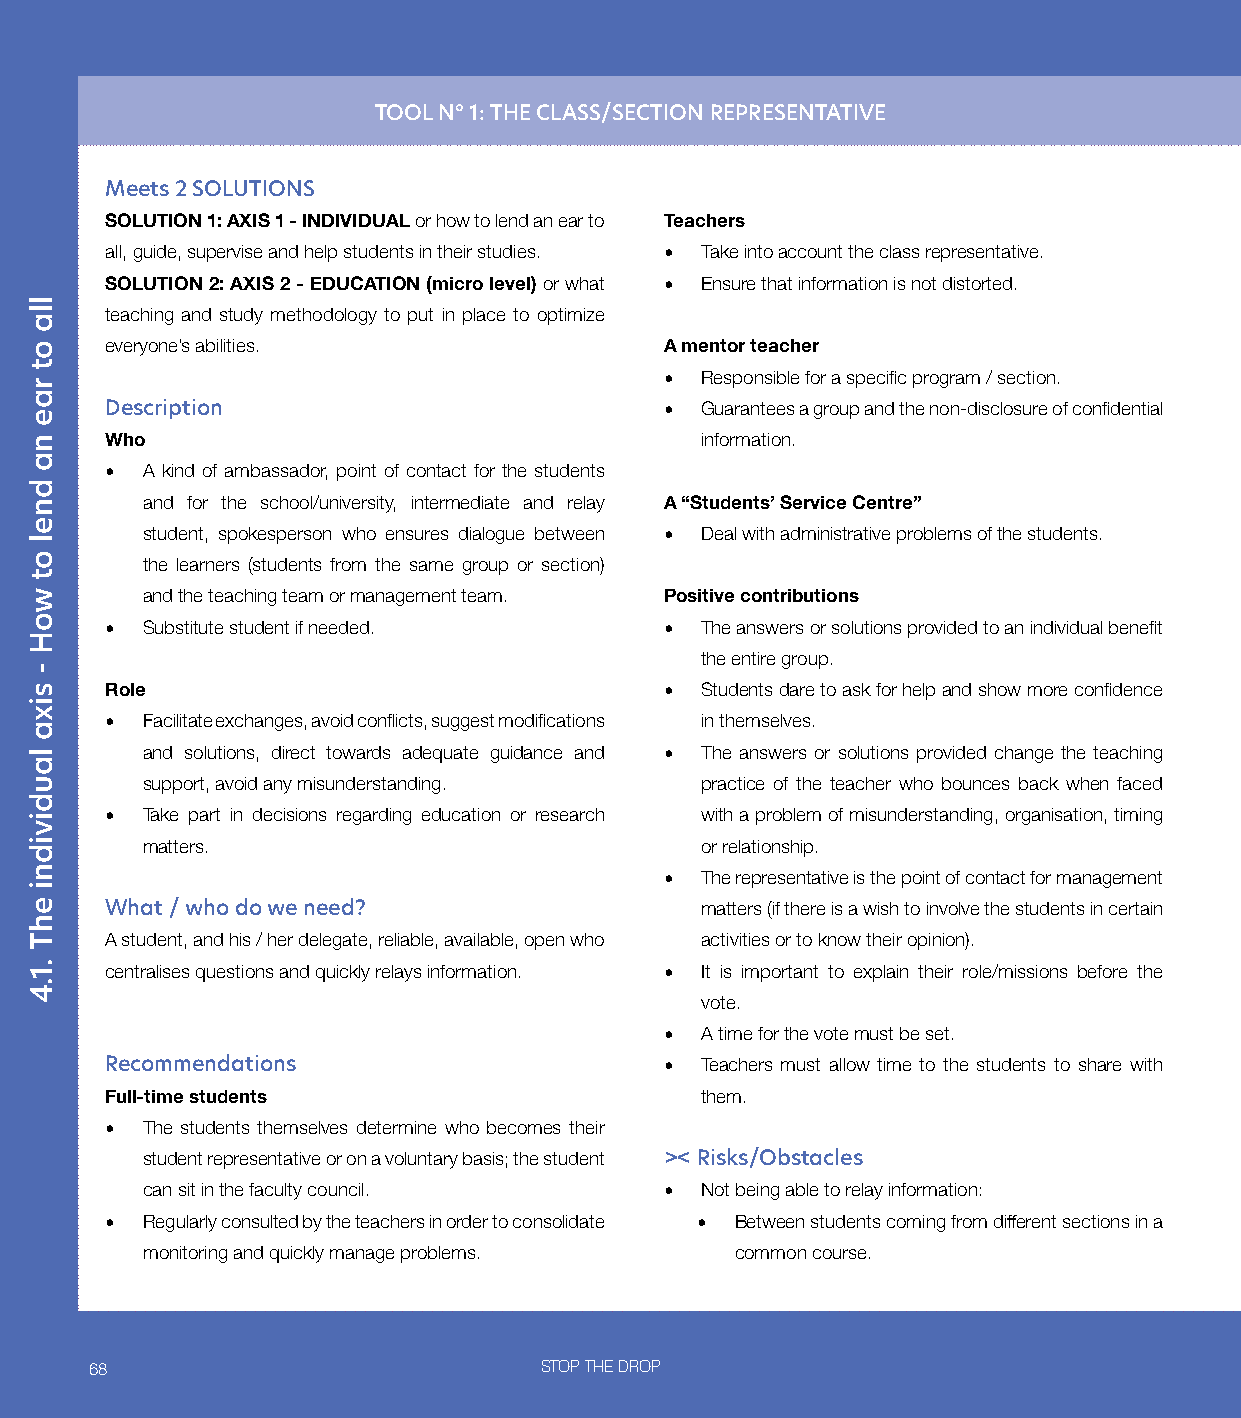
TOOL N° 1: THE CLASS/SECTION REPRESENTATIVE
 Meets 2 SOLUTIONS
 SOLUTION 1: AXIS 1 - INDIVIDUAL or how to lend an ear to Teachers
 all, guide, supervise and help students in their studies. • Take into account the class representative.
 SOLUTION 2: AXIS 2 - EDUCATION (micro level) or what • Ensure that information is not distorted.
 teaching and study methodology to put in place to optimize
 everyone’s abilities.                A mentor teacher
 • Responsible for a specific program / section.
 Description                          • Guarantees a group and the non-disclosure of confidential
 Who                                    information.
 • A kind of ambassador, point of contact for the students
 and for the school/university, intermediate and relay A “Students’ Service Centre”
 student, spokesperson who ensures dialogue between • Deal with administrative problems of the students.
 the learners (students from the same group or section)
 and the teaching team or management team. Positive contributions
 • Substitute student if needed.      • The answers or solutions provided to an individual benefit
 the entire group.
 Role                                 • Students dare to ask for help and show more confidence
 • Facilitate exchanges, avoid conflicts, suggest modifications in themselves.
 and solutions, direct towards adequate guidance and • The answers or solutions provided change the teaching
 support, avoid any misunderstanding. practice of the teacher who bounces back when faced
 • Take part in decisions regarding education or research with a problem of misunderstanding, organisation, timing
 matters.                             or relationship.
 • The representative is the point of contact for management
 What / who do we need?                 matters (if there is a wish to involve the students in certain
 A student, and his / her delegate, reliable, available, open who activities or to know their opinion).
 centralises questions and quickly relays information. • It is important to explain their role/missions before the
 vote.
 • A time for the vote must be set.
 Recommendations                      • Teachers must allow time to the students to share with
 Full-time students                     them.
 • The students themselves determine who becomes their
 student representative or on a voluntary basis; the student >< Risks/Obstacles
 can sit in the faculty council.    • Not being able to relay information:
 • Regularly consulted by the teachers in order to consolidate • Between students coming from different sections in a
 monitoring and quickly manage problems. common course.
 68                            STOP THE DROP
 lla
 ot
 rae
 na
 dnel
 ot
 woH
 -
 sixa
 laudividni
 ehT
 .1.4